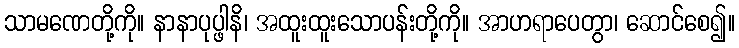
သာမဏေတို့ကို။ နာနာပုပ္ဖါနိ၊ အထူးထူးသောပန်းတို့ကို။ အာဟရာပေတွာ၊ ဆောင်စေ၍။